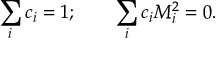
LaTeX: \sum _ { i } c _ { i } = 1 ; \qquad \sum _ { i } c _ { i } M _ { i } ^ { 2 } = 0 .